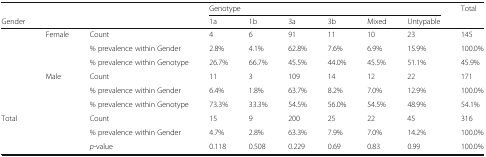
<table><thead><tr><td></td><td></td><td></td><td colspan="6"><b>Genotype</b></td><td rowspan="2"><b>Total</b></td></tr><tr><td><b>Gender</b></td><td></td><td></td><td><b>1a</b></td><td><b>1b</b></td><td><b>3a</b></td><td><b>3b</b></td><td><b>Mixed</b></td><td><b>Untypable</b></td></tr></thead><tbody><tr><td rowspan="3"></td><td rowspan="2">Female</td><td>Count</td><td>4</td><td>6</td><td>91</td><td>11</td><td>10</td><td>23</td><td>145</td></tr><tr><td>% prevalence within Gender</td><td>2.8%</td><td>4.1%</td><td>62.8%</td><td>7.6%</td><td>6.9%</td><td>15.9%</td><td>100.0%</td></tr><tr><td></td><td>% prevalence within Genotype</td><td>26.7%</td><td>66.7%</td><td>45.5%</td><td>44.0%</td><td>45.5%</td><td>51.1%</td><td>45.9%</td></tr><tr><td rowspan="3"></td><td>Male</td><td>Count</td><td>11</td><td>3</td><td>109</td><td>14</td><td>12</td><td>22</td><td>171</td></tr><tr><td></td><td>% prevalence within Gender</td><td>6.4%</td><td>1.8%</td><td>63.7%</td><td>8.2%</td><td>7.0%</td><td>12.9%</td><td>100.0%</td></tr><tr><td></td><td>% prevalence within Genotype</td><td>73.3%</td><td>33.3%</td><td>54.5%</td><td>56.0%</td><td>54.5%</td><td>48.9%</td><td>54.1%</td></tr><tr><td colspan="2">Total</td><td>Count</td><td>15</td><td>9</td><td>200</td><td>25</td><td>22</td><td>45</td><td>316</td></tr><tr><td colspan="2"></td><td>% prevalence within Gender</td><td>4.7%</td><td>2.8%</td><td>63.3%</td><td>7.9%</td><td>7.0%</td><td>14.2%</td><td>100.0%</td></tr><tr><td colspan="2"></td><td><i>p</i>-value</td><td>0.118</td><td>0.508</td><td>0.229</td><td>0.69</td><td>0.83</td><td>0.99</td><td>100.0%</td></tr></tbody></table>